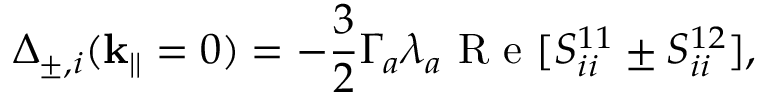
\Delta _ { \pm , i } ( \mathbf { k } _ { | | } = 0 ) = - \frac { 3 } { 2 } \Gamma _ { a } \lambda _ { a } \mathrm { ~ R ~ e ~ } [ S _ { i i } ^ { 1 1 } \pm S _ { i i } ^ { 1 2 } ] ,